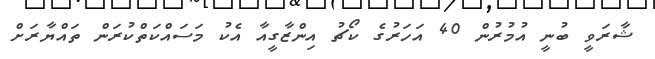
ޝާރަވީ ބުނީ އުމުރުން 40 އަހަރުގެ ކޯޗު އިންޒާގީއާ އެކު މަސައްކަތްކުރަން ތައްޔާރަށް